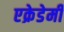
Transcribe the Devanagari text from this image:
एक्रेडेमी